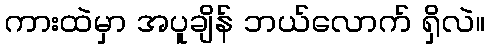
ကားထဲမှာ အပူချိန် ဘယ်လောက် ရှိလဲ။